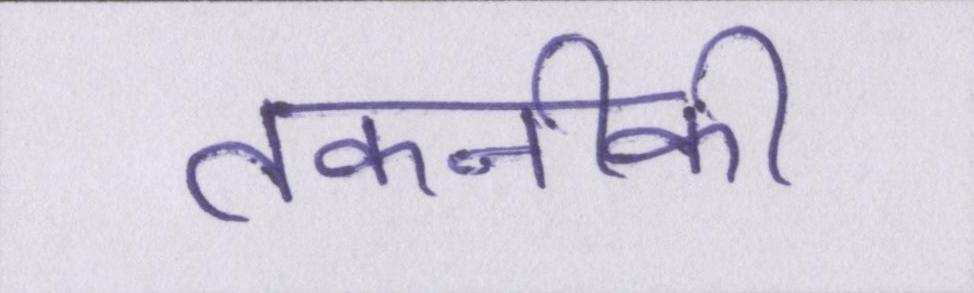
तकनीकी